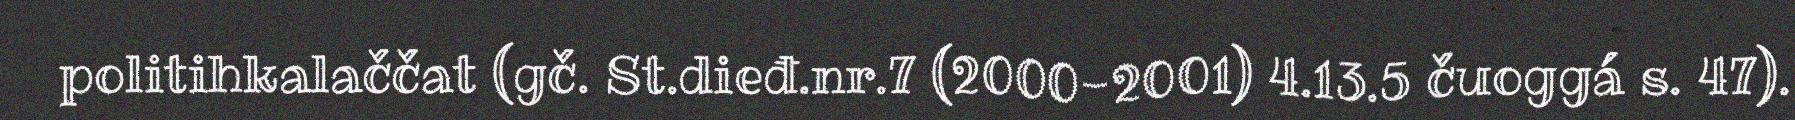
politihkalaččat (gč. St.dieđ.nr.7 (2000-2001) 4.13.5 čuoggá s. 47).